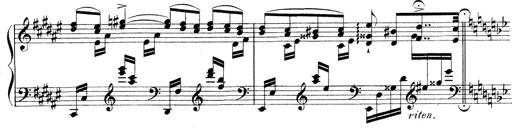
Title: 3 Ã‰tudes de concert
Composer: Franz Liszt